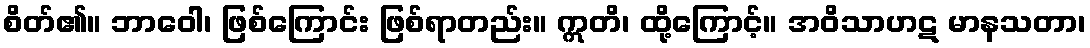
စိတ်၏။ ဘာဝေါ၊ ဖြစ်ကြောင်း ဖြစ်ရာတည်း။ ဣတိ၊ ထို့ကြောင့်။ အဝိသာဟဋ မာနသတာ၊